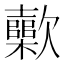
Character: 𣤷